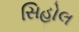
સિહોલ